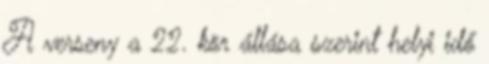
A verseny a 22. kör állása szerint helyi idő